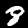
Digit: 8